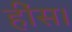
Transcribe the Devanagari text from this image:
हींस।